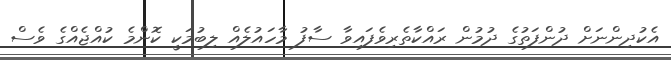
އެކުދިންނަށް ދުންފަތުގެ ދުމުން ރައްކާތެރިވެފައިވާ ސާފު މާހައުލެއް ލިބުމަކީ ކޮންމެ ކުއްޖެއްގެ ވެސް